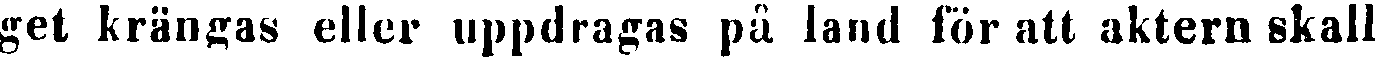
get krängas eller uppdragas på land för att aktern skall